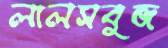
লালসবুজ